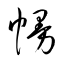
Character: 幔